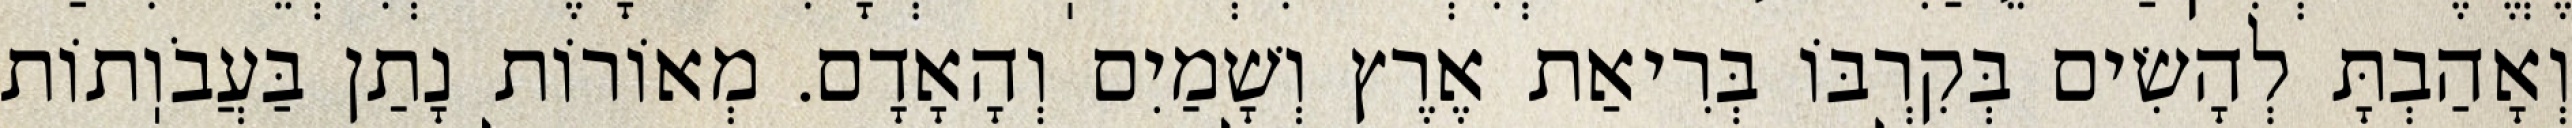
וְאָהַבְתָּ לְהָשִׂים בְּקִרְבּוֹ בְּרִיאַת אֶרֶץ וְשָׁמַיִם וְהָאָדָם. מְאוֹרוֹת נָתַן בַּעֲבֹוֽתוֹת